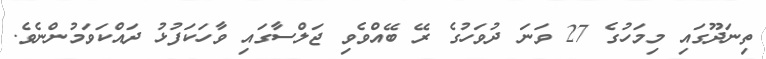
ތިނަދޫގައި މިމަހުގެ 27 ވަނަ ދުވަހުގެ ރޭ ބޭއްވެވި ޖަލްސާގައި ވާހަކަފުޅު ދައްކަވަމުންނެވެ.